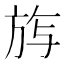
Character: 𭤰